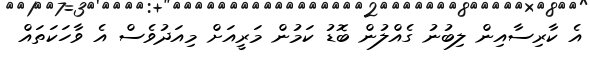
އެ ކާރިސާއިން ލިބުނު ގެއްލުން ބޮޑު ކަމުން މަރީއަށް މިއަދުވެސް އެ ވާހަކަތައް